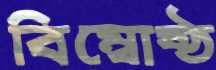
বিম্বোষ্ঠ